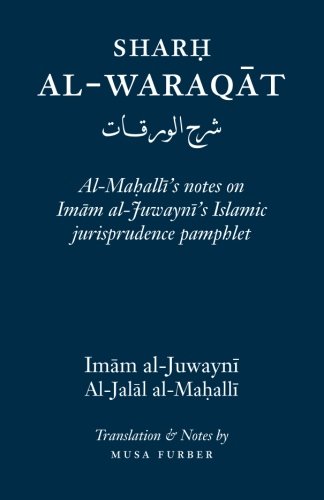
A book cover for Sharh Al-Waraqat: Al-Mahalli's notes on Imam al-Juwayni's Islamic jurisprudence pamphlet; Imam al-Haramayn al-Juwayni; Religion & Spirituality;